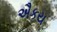
ઐકય